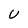
Character: U